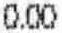
0.00